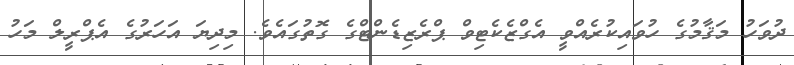
ދުވަހު މަޤާމުގެ ހުވައިކުރެއްވީ އެގްޒެކެޓިވް ޕްރެޒިޑެންޓްގެ ގޮތުގައެވެ. މިދިޔަ އަހަރުގެ އެޕްރީލް މަހު